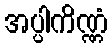
အပ္ပါကိဏ္ဏံ